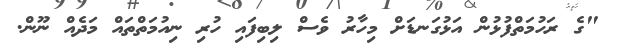
"ގެ ރަހުމަތްފުޅުން އަޅުގަނޑަށް މިހާރު ވެސް ލިބިފައި ހުރި ނިއުމަތްތައް މަދެއް ނޫން.